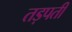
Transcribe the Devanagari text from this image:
तड़पती